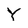
Character: Y